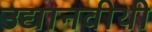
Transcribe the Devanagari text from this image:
उद्यानवीथी